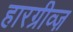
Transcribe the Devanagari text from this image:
हारग्रीव्ज़